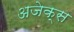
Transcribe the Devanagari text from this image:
अजेक्स